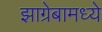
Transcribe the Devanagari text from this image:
झाग्रेबामध्ये